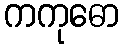
ကကုဓော